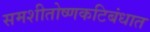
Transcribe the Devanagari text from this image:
समशीतोष्णकटिबंधात